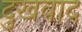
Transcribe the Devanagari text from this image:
दुखवाद